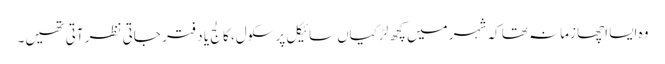
وہ ایسا اچھا زمانہ تھا کہ شہر میں کچھ لڑکیاں سائیکل پر سکول، کالج یا دفتر جاتی نظر آتی تھیں۔